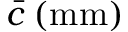
\bar { c } \: ( \mathrm { m m } )